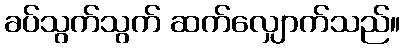
ခပ်သွက်သွက် ဆက်လျှောက်သည်။